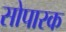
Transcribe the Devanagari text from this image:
सोपारक